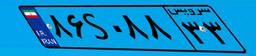
۵۲S۸۸۰۷۴